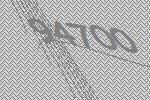
94700